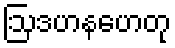
ဩဒဟနဟေတု